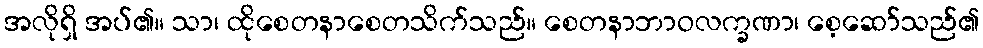
အလိုရှိ အပ်၏။ သာ၊ ထိုစေတနာစေတသိက်သည်။ စေတနာဘာဝလက္ခဏာ၊ စေ့ဆော်သည်၏